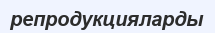
репродукцияларды